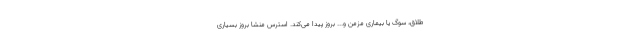
طلاق، سوگ یا بیماری مزمن و... بروز پیدا می‌کند. استرس منشا بروز بسیاری